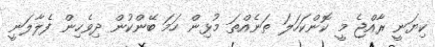
ކިޔަނީ ރާއްޖެ މީ ކޮންކަހަލަ ތަނެއްތަ މުޅިން ހަމަ ބޭންކުން ދިވެހިން ފެލާލަނީ